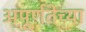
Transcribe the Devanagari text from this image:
अपूर्णतेच्या